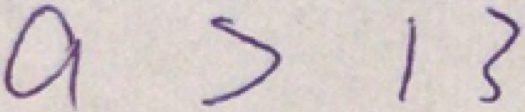
a > 1 3